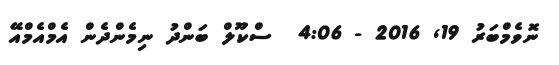
ނޮވެމްބަރު 19